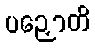
ပဉှောတိ